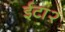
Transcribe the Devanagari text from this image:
ईटा२